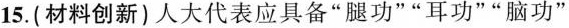
15.(材料创新)人大代表应具备“腿功”“耳功”“脑功”